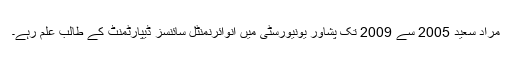
مراد سعید 2005 سے 2009 تک پشاور یونیورسٹی میں انوائرنمنٹل سائنسز ڈیپارٹمنٹ کے طالب علم رہے۔